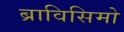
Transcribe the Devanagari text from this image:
ब्राविसिमो